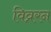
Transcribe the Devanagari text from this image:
विव्ररन